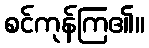
စင်ကုန်ကြ၏။